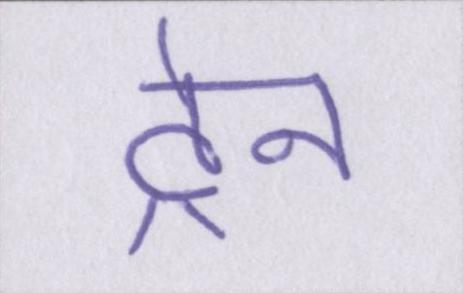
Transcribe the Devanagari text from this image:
ट्रेन